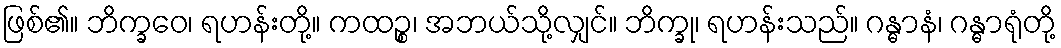
ဖြစ်၏။ ဘိက္ခဝေ၊ ရဟန်းတို့။ ကထဉ္စ၊ အဘယ်သို့လျှင်။ ဘိက္ခု၊ ရဟန်းသည်။ ဂန္ဓာနံ၊ ဂန္ဓာရုံတို့